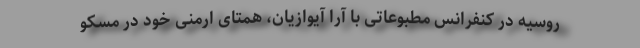
روسیه در کنفرانس مطبوعاتی با آرا آیوازیان، همتای ارمنی خود در مسکو